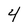
Character: 4